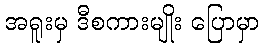
အရူးမှ ဒီစကားမျိုး ပြောမှာ